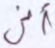
أنى